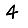
Digit: 4